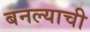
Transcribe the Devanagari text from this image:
बनल्याची